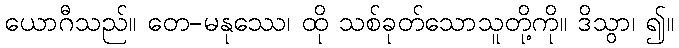
ယောဂီသည်။ တေ-မနုဿေ၊ ထို သစ်ခုတ်သောသူတို့ကို။ ဒိသွာ၊ ၍။